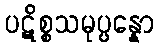
ပဋိစ္စသမုပ္ပန္နော